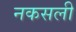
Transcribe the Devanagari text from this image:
नकसली